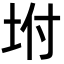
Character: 坿